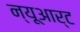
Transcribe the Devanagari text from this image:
न्यूआर्ट